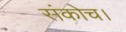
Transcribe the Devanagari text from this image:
संकोच।